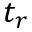
t _ { r }